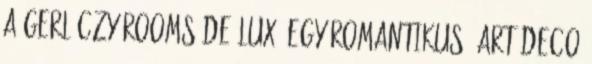
a Gerlóczy Rooms de Lux, egy romantikus, art deco